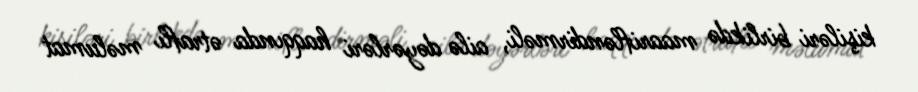
kişiləri birlikdə maarifləndirməli, ailə dəyərləri haqqında ətraflı məlumat